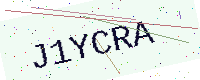
Text: J1YCRA